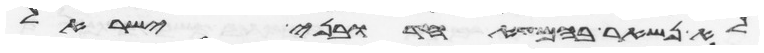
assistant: לא נשאר בהם עד אחד ובני ישראל